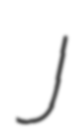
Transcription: J